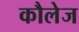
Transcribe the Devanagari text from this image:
कौलेज